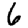
Digit: 6